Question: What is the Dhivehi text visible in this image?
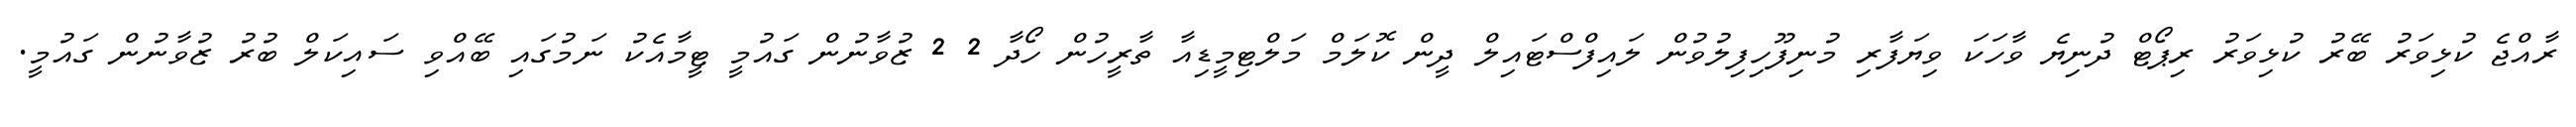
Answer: ރާއްޖެ ކުޅިވަރު ބޭރު ކުޅިވަރު ރިޕޯޓް ދުނިޔެ ވާހަކަ ވިޔަފާރި މުނިފޫހިފިލުވުން ލައިފްސްޓައިލް ދީން ކޮލަމް މަލްޓިމީޑިއާ ތާރީހުން ހޯދާ 2 2 ޒުވާނުން ގައުމީ ޓީމާއެކު ނަމުގައި ބޭއްވި ސައިކަލް ބުރު ޒުވާނުން ގައުމީ.